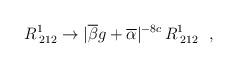
LaTeX: \begin{align*}R^{1}_{\: 212} \rightarrow |\overline{\beta}g +\overline{\alpha}|^{-8c} \,R^{1}_{\: 212}~~,\end{align*}